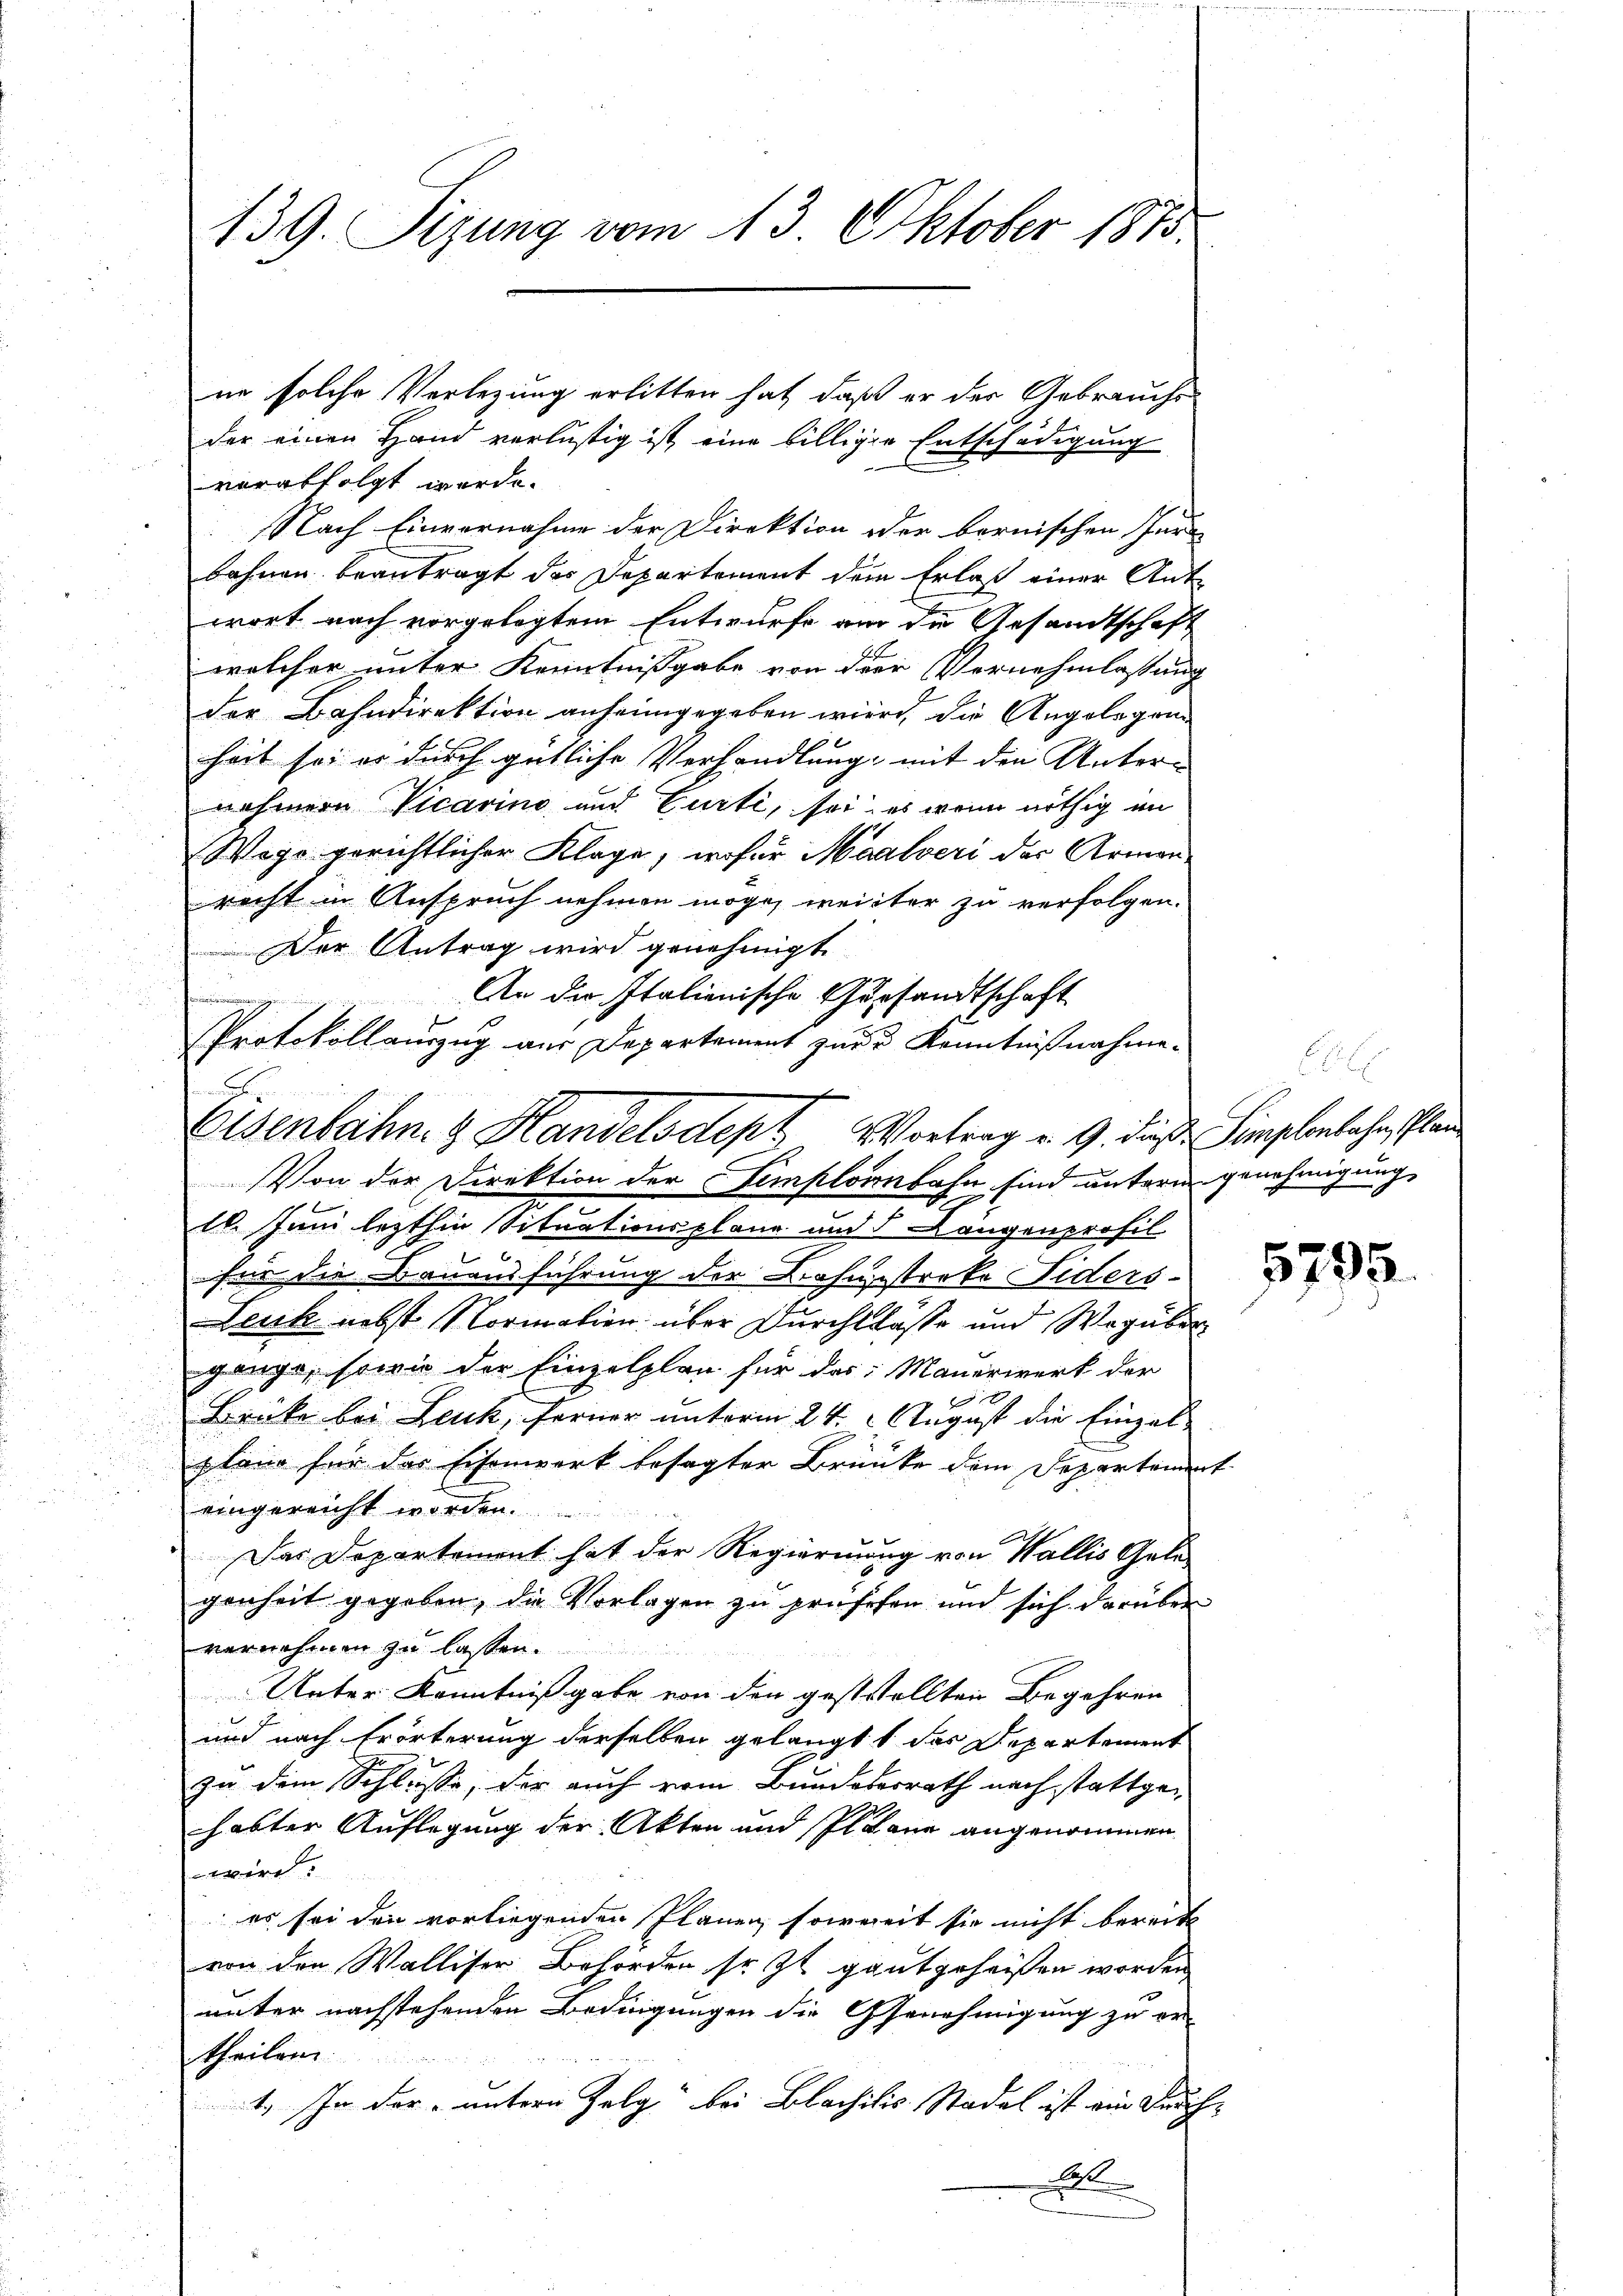
139. Sizung vom 13. Oktober 1873.

der einen Hand verlustig ist, eine billiger Entschädigung
verabfolgt werde.
Nach Einvernahme der Direktion oder bernischen Fur
bahnen beantragt das Departement dem Erlaß einer Ant-
wort nach vorgelegtem Entwurfe an die Gesandtschaft
welcher unter Kenntnißgabe von der Vernehmlassung
der Bahndirektion anheimgegeben wird, die Angelegenheit sei er durch gütliche Verhandlung mit den Unternehmern Vicarina und Curti, sei; es wenn nöthig im
Wego gerichtlicher Klage, wofür Maalveri der Armen-
recht in Anspruch nehmen möge, weiter zu verfolgen.
Der Antrag wird genehmigt.
An der Italienische Gersandtschaft
Protokollauszug aus Departement zur Kenntnißnahme.

ne solche Verlegung erlitten hat, daß er der Gebrauchs-

und be
Eisenbahn & Handelsdept Vortrag v. 9. dieß. Simplenbahn, Plan

Von der Direktion der Simploinbahn sind unterm genehmigung
11. Juni lezthin Situationsplane und d Längenprofil
für die Bauausführung der Bahnstreke Fiders-
Leuk nebst Normation über Durchlasse und Wegüber
ganze, sowie der Einzelplan für das Mauerwerk der
Brüke bei Leuk, ferner unterm 24. August die Einzelplan für das Eisenwerk besagter Brünke dem Departement
eingereicht worden.
Das Departement hat der Regierung von Wallis Gele-
genheit gegeben, die Vorlagen zu prüfesen und sich darüber
vernehmen zu lassen.
Unter Kenntniß gabe von den geststellten Begehren
und nach Erörterung derselben gelangt, das Departement
zu dem Schlüsse, der auch vom Bundeberrath nach stattgehabter Auflegung der Akten und Plane angenommen
wird.
es sei den vorliegenden Plänen, soweit sie nicht bereits
von den Walliser Behörden so zt gant geheißen worden
uunter nachstehenden Bedingungen die Genehmigung zu er-
theilen
1. In der untern Zelg bei Blachilis Stadel ist ein Fruch-
A

e

5795